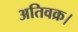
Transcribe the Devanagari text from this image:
अतिवक्र।